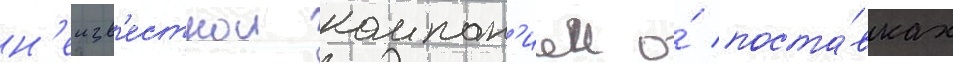
н'еизв'естнои компан'иеи о́ поста́вках